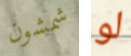
شمشون لو